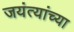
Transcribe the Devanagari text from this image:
जयंत्यांच्या